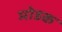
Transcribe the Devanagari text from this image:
माेडक